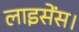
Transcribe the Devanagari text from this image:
लाइसेंस।